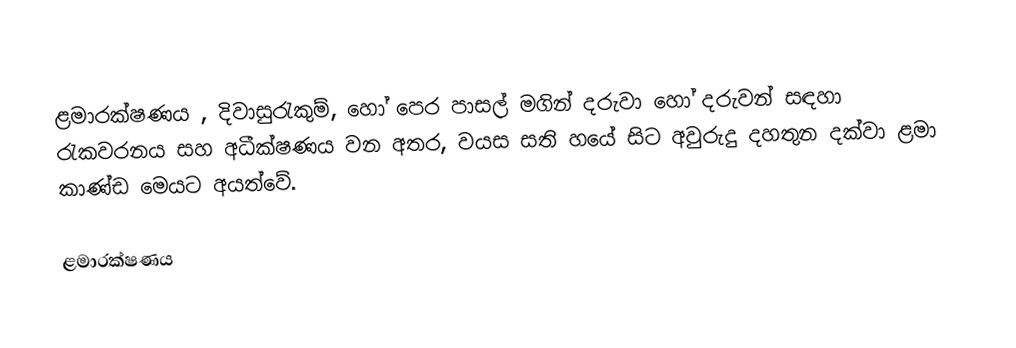
ළමාරක්ෂණය , දිවාසුරැකුම්, හෝ පෙර පාසල් මගින් දරුවා හෝ දරුවන් සඳහා රැකවරනය සහ අධීක්ෂණය වන අතර, වයස සති හයේ සිට අවුරුදු දහතුන දක්වා ළමා කාණ්ඩ මෙයට අයත්වේ.

ළමාරක්ෂණය